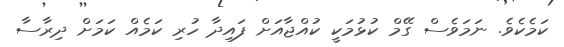
ކަމެކެވެ. ނަމަވެސް ގޭމް ކުޅުމަކީ ކުއްޖާއަށް ފައިދާ ހުރި ކަމެއް ކަމަށް ދިރާސާ